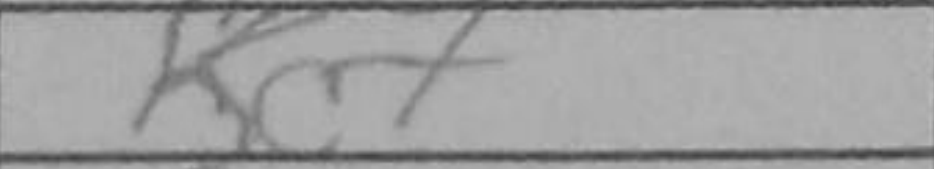
Transcription: Ke7